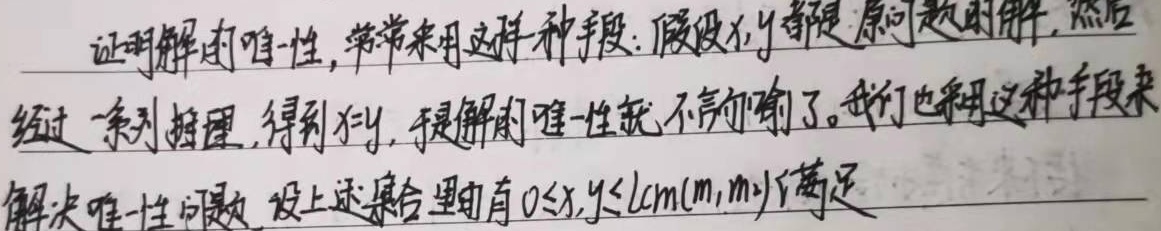
证明解的唯一性，常常采用这样一种手段：假设\(x,y\)都是原问题的解，然后经过一系列推理，得到\(x = y\)，于是解的唯一性就不言而喻了。我们也采用这种手段来解决唯一性问题，设上述集合里有\(0\leq x,y\leq\text{lcm}(m_1,m_2)\)满足